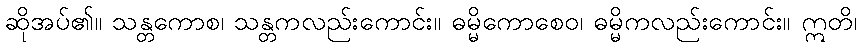
ဆိုအပ်၏။ သန္တကောစ၊ သန္တကလည်းကောင်း။ ဓမ္မိကောစေဝ၊ ဓမ္မိကလည်းကောင်း။ ဣတိ၊